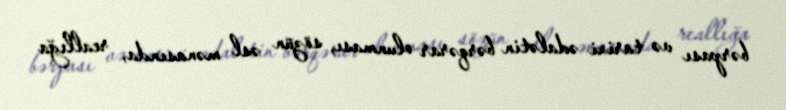
bərpası və tarixi ədalətin bərqərar olunması, sözün əsl mənasında, reallığa